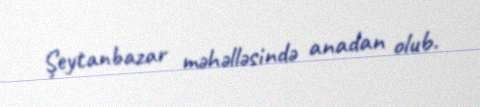
Şeytanbazar məhəlləsində anadan olub.